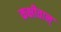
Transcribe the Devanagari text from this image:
कक्षीवान्